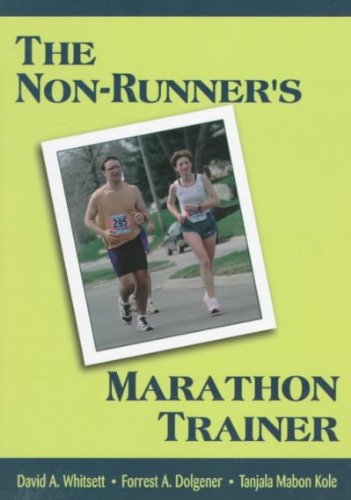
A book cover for Interview With History; Oriana Fallaci; Biographies & Memoirs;